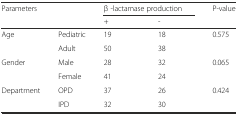
<table><thead><tr><td rowspan="2"><b>Parameters</b></td><td rowspan="2"></td><td colspan="2"><b>β -lactamase production</b></td><td rowspan="2"><b>P-value</b></td></tr><tr><td><b>+</b></td><td><b>-</b></td></tr></thead><tbody><tr><td rowspan="2">Age</td><td>Pediatric</td><td>19</td><td>18</td><td rowspan="2">0.575</td></tr><tr><td>Adult</td><td>50</td><td>38</td></tr><tr><td rowspan="2">Gender</td><td>Male</td><td>28</td><td>32</td><td rowspan="2">0.065</td></tr><tr><td>Female</td><td>41</td><td>24</td></tr><tr><td rowspan="2">Department</td><td>OPD</td><td>37</td><td>26</td><td rowspan="2">0.424</td></tr><tr><td>IPD</td><td>32</td><td>30</td></tr></tbody></table>